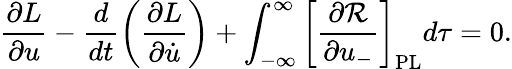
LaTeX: \frac{\partial L}{\partial u}-\frac{d}{dt}\left(\frac{\partial L}{\partial\dot{u}}\right)+\int_{-\infty}^{\infty}\left[\frac{\partial\mathcal{R}}{\partial u_{-}}\right]_{\mathrm{PL}}d\tau=0.